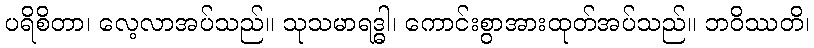
ပရိစိတာ၊ လေ့လာအပ်သည်။ သုသမာရဒ္ဓါ၊ ကောင်းစွာအားထုတ်အပ်သည်။ ဘဝိဿတိ၊